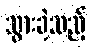
သွားခဲ့သည့်